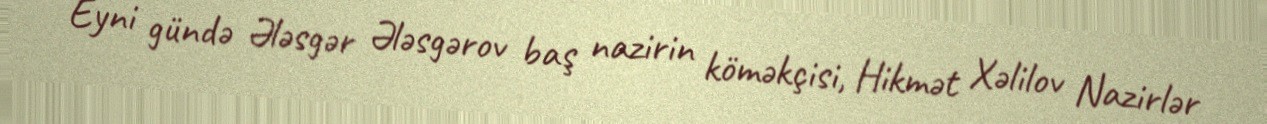
Eyni gündə Ələsgər Ələsgərov baş nazirin köməkçisi, Hikmət Xəlilov Nazirlər